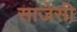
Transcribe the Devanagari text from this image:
साजेसी